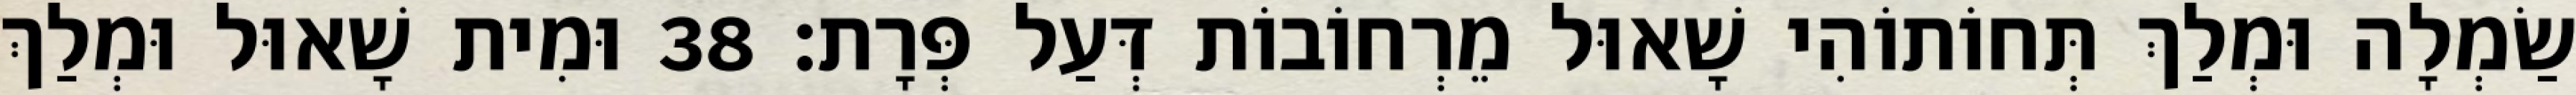
שַׂמְלָה וּמְלַךְ תְּחוֹתוֹהִי שָׁאוּל מֵרְחוֹבוֹת דְּעַל פְּרָת׃ 38 וּמִית שָׁאוּל וּמְלַךְ